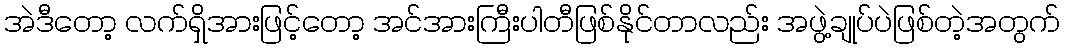
အဲဒီတော့ လက်ရှိအားဖြင့်တော့ အင်အားကြီးပါတီဖြစ်နိုင်တာလည်း အဖွဲ့ချုပ်ပဲဖြစ်တဲ့အတွက်